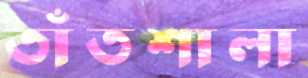
তাঁতশালা